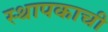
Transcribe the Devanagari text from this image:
स्थापकाची